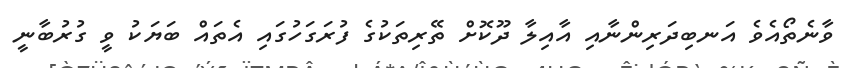
ވާނެތޯއެވެ އަނބިދަރިންނާއި އާއިލާ ދޫކޮށް ތޭރިތަކުގެ ފުރަގަހުގައި އެތައް ބަޔަކު ވީ ގުރުބާނީ